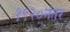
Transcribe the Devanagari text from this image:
१९२०नंतर